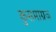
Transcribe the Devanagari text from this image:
कुसमाग्रज